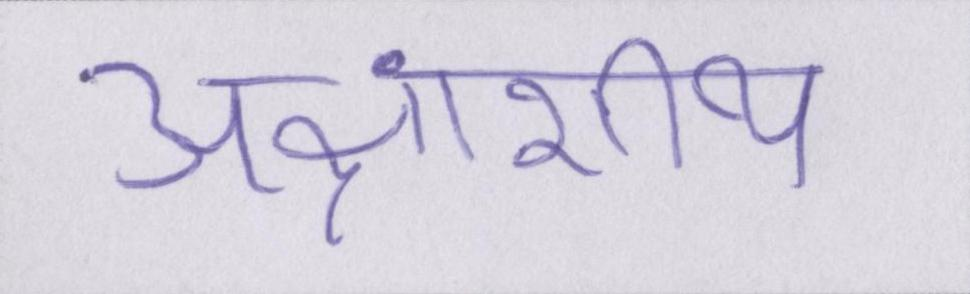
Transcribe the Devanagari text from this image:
अक्षांशीय